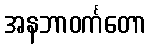
အနဘာဝင်္ကတော